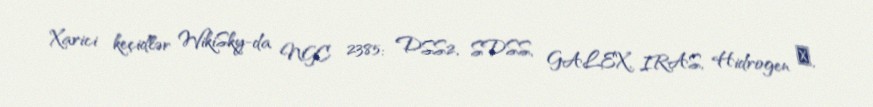
Xarici keçidlər WikiSky-da NGC 2385: DSS2, SDSS, GALEX, IRAS, Hidrogen α,